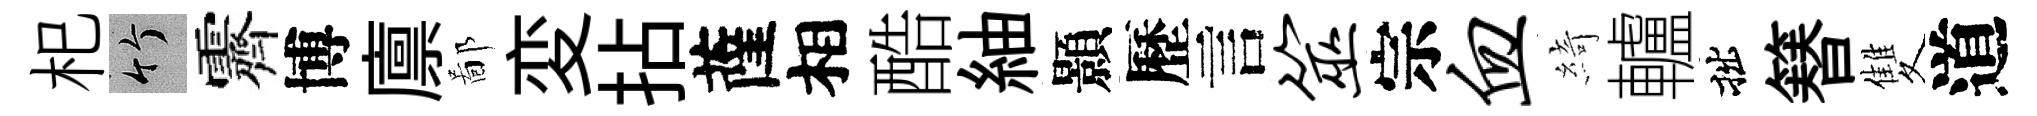
𣏌竹霽博廪鄙変拈薩相酷紬顥歷言筮宗血綺轤拙簮雙道